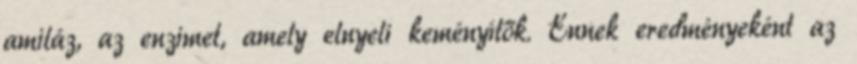
amiláz, az enzimet, amely elnyeli keményítők. Ennek eredményeként az